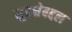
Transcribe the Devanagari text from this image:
सुरक्षेबद्दल